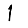
Digit: 1